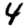
Digit: 4